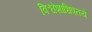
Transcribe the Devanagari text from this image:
विश्वेशाधिपतये